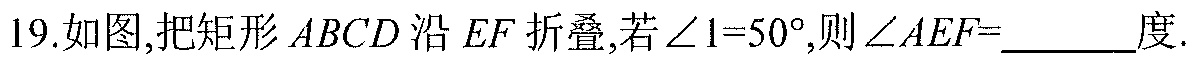
19.如图,把矩形\(ABCD\)沿 \(EF\) 折叠,若\(\angle 1 = 50^{\circ}\),则\(\angle AEF=\)  度.